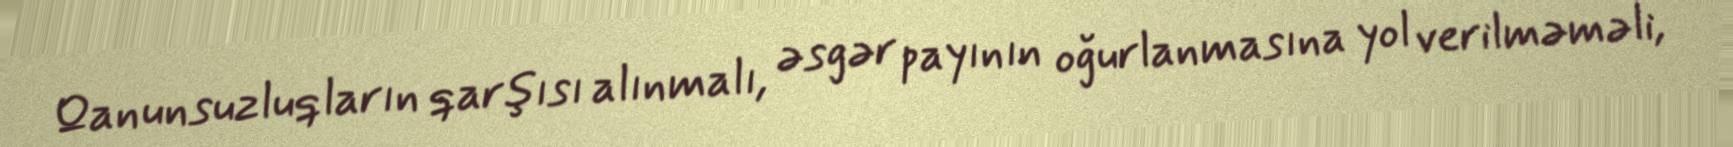
Qanunsuzluqların qarşısı alınmalı, əsgər payının oğurlanmasına yol verilməməli,